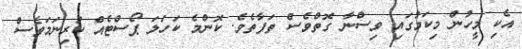
އެކި މީހުން މިކަމުގައި ވިސްނާ ގޮތްވެސް ތަފާތެވެ. ކޮންމެ ކަހަލަ ޕޯސްޓެއް ކުރިނަމަވެސް